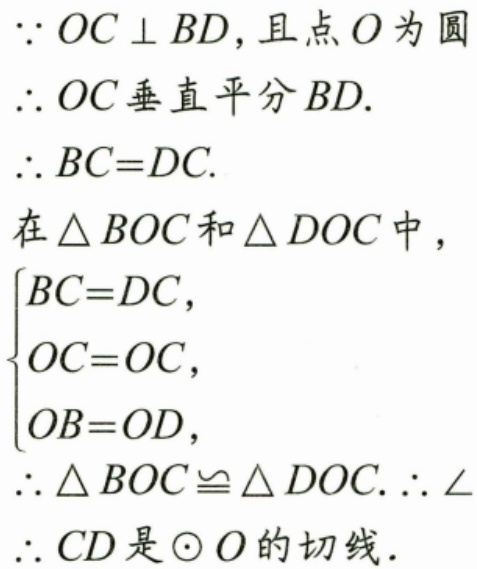
\(\because OC\perp BD\)，且点\(O\)为圆
\(\therefore OC\)垂直平分\(BD\).
\(\therefore BC = DC\).
在\(\triangle BOC\)和\(\triangle DOC\)中，
\(\begin{cases}
BC = DC,\\
OC = OC,\\
OB = OD,
\end{cases}\)
\(\therefore\triangle BOC\cong\triangle DOC.\ \therefore\angle\)
\(\therefore CD\)是\(\odot O\)的切线.